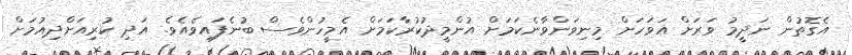
އެގޮތުން ނަދީމު ވަރަށް އަވަހަށް މިނިވަންވާނެކަމަށް އުންމީދުކުރާކަމަށް އެމީހުންވެސް ބުނެފައިވެއެވެ. އަދި ކުރިއަށްދިއުމަށް